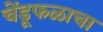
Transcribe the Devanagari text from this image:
चेंडूफळाचा